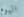
اليوم